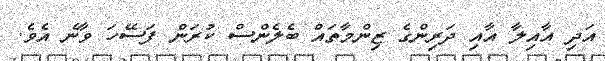
އަދި އާއިލާ އާއި ދަރިންގެ ޒިންމާތައް ބެލެންސް ކުރަން ފަސޭހަ ވާނެ އެވެ.